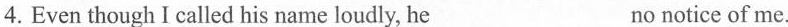
4.Even though I called his name loudly, he___ no notice of me.